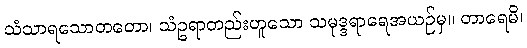
သံသာရသောတတော၊ သံဥရာတည်းဟူသော သမုဒ္ဒရာရေအယဉ်မှ။ တာရေမိ၊